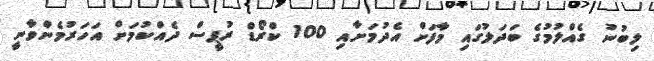
ލިބުނު ގެއްލުމުގެ ބަދަލުގައި މާފަށް އެދުމަށާއި 100 ކްރޯޑް ރުޕީސް ދެއްކުމަށް އަހަރުމެންވާނީ